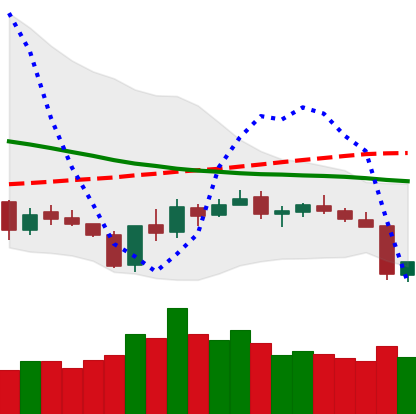
Ticker: XLM-USD
Chart end date: 2018-06-11
Forward return: -8.75%
Label: down_7plus